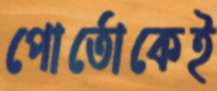
পোর্তোকেই